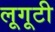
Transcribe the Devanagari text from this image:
लूगूटी